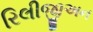
રિલીજીઅન